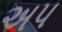
અપ